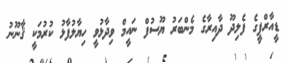
ޑީއާރްޕީގެ ފެލިދޫ ދާއިރާގެ މެންބަރު ޔޫސުފް ނައީމް ވިދާޅުވީ ހިޔާލުފާޅު ކުރުމަކީ ޤާނޫނު